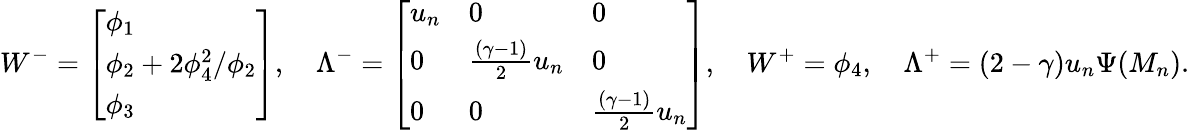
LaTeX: W^{-}=\left[\begin{array}{l}{\phi_{1}}\\ {\phi_{2}+2\phi_{4}^{2}/\phi_{2}}\\ {\phi_{3}}\end{array}\right],\quad\Lambda^{-}=\left[\begin{array}{lll}{u_{n}}&{0}&{0}\\ {0}&{\frac{(\gamma-1)}{2}u_{n}}&{0}\\ {0}&{0}&{\frac{(\gamma-1)}{2}u_{n}}\end{array}\right],\quad W^{+}=\phi_{4},\quad\Lambda^{+}=(2-\gamma)u_{n}\Psi(M_{n}).